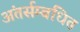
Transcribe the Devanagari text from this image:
अंतर्सम्बंधित